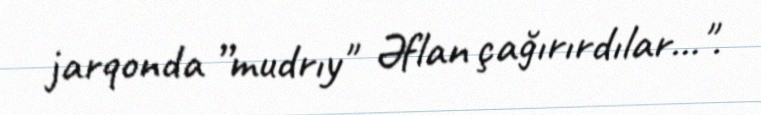
jarqonda ”mudrıy" Əflan çağırırdılar...".